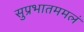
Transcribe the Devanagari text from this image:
सुप्रभातममलं